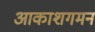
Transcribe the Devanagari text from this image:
आकाशगमन